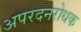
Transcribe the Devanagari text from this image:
अपरदनरोधक